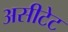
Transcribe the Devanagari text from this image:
असीटेट